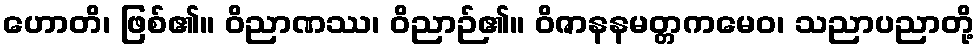
ဟောတိ၊ ဖြစ်၏။ ဝိညာဏဿ၊ ဝိညာဉ်၏။ ဝိဇာနနမတ္တကမေဝ၊ သညာပညာတို့